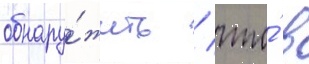
обнару́жить / что́ в